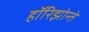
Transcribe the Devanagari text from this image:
हॉरिझोन्ते